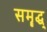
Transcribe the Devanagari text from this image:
समॄद्ध्